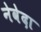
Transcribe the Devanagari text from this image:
नेवेदा